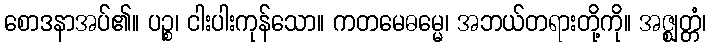
စောဒနာအပ်၏။ ပဉ္စ၊ ငါးပါးကုန်သော။ ကတမေဓမ္မေ၊ အဘယ်တရားတို့ကို။ အဇ္ဈတ္တံ၊